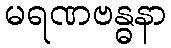
မရဏဗန္ဓနာ